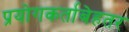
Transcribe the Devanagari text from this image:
प्रयोगकर्ताबेहतर